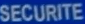
SECURITE